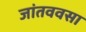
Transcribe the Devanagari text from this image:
जांतववसा